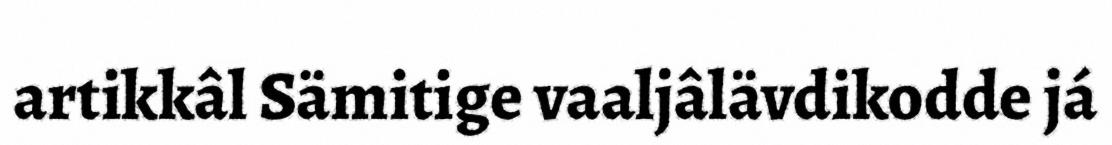
artikkâl Sämitige vaaljâlävdikodde já